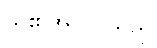
သူ၏အလုပ်သည်